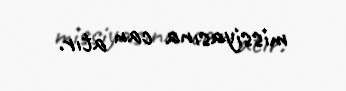
missiyasına can atır.